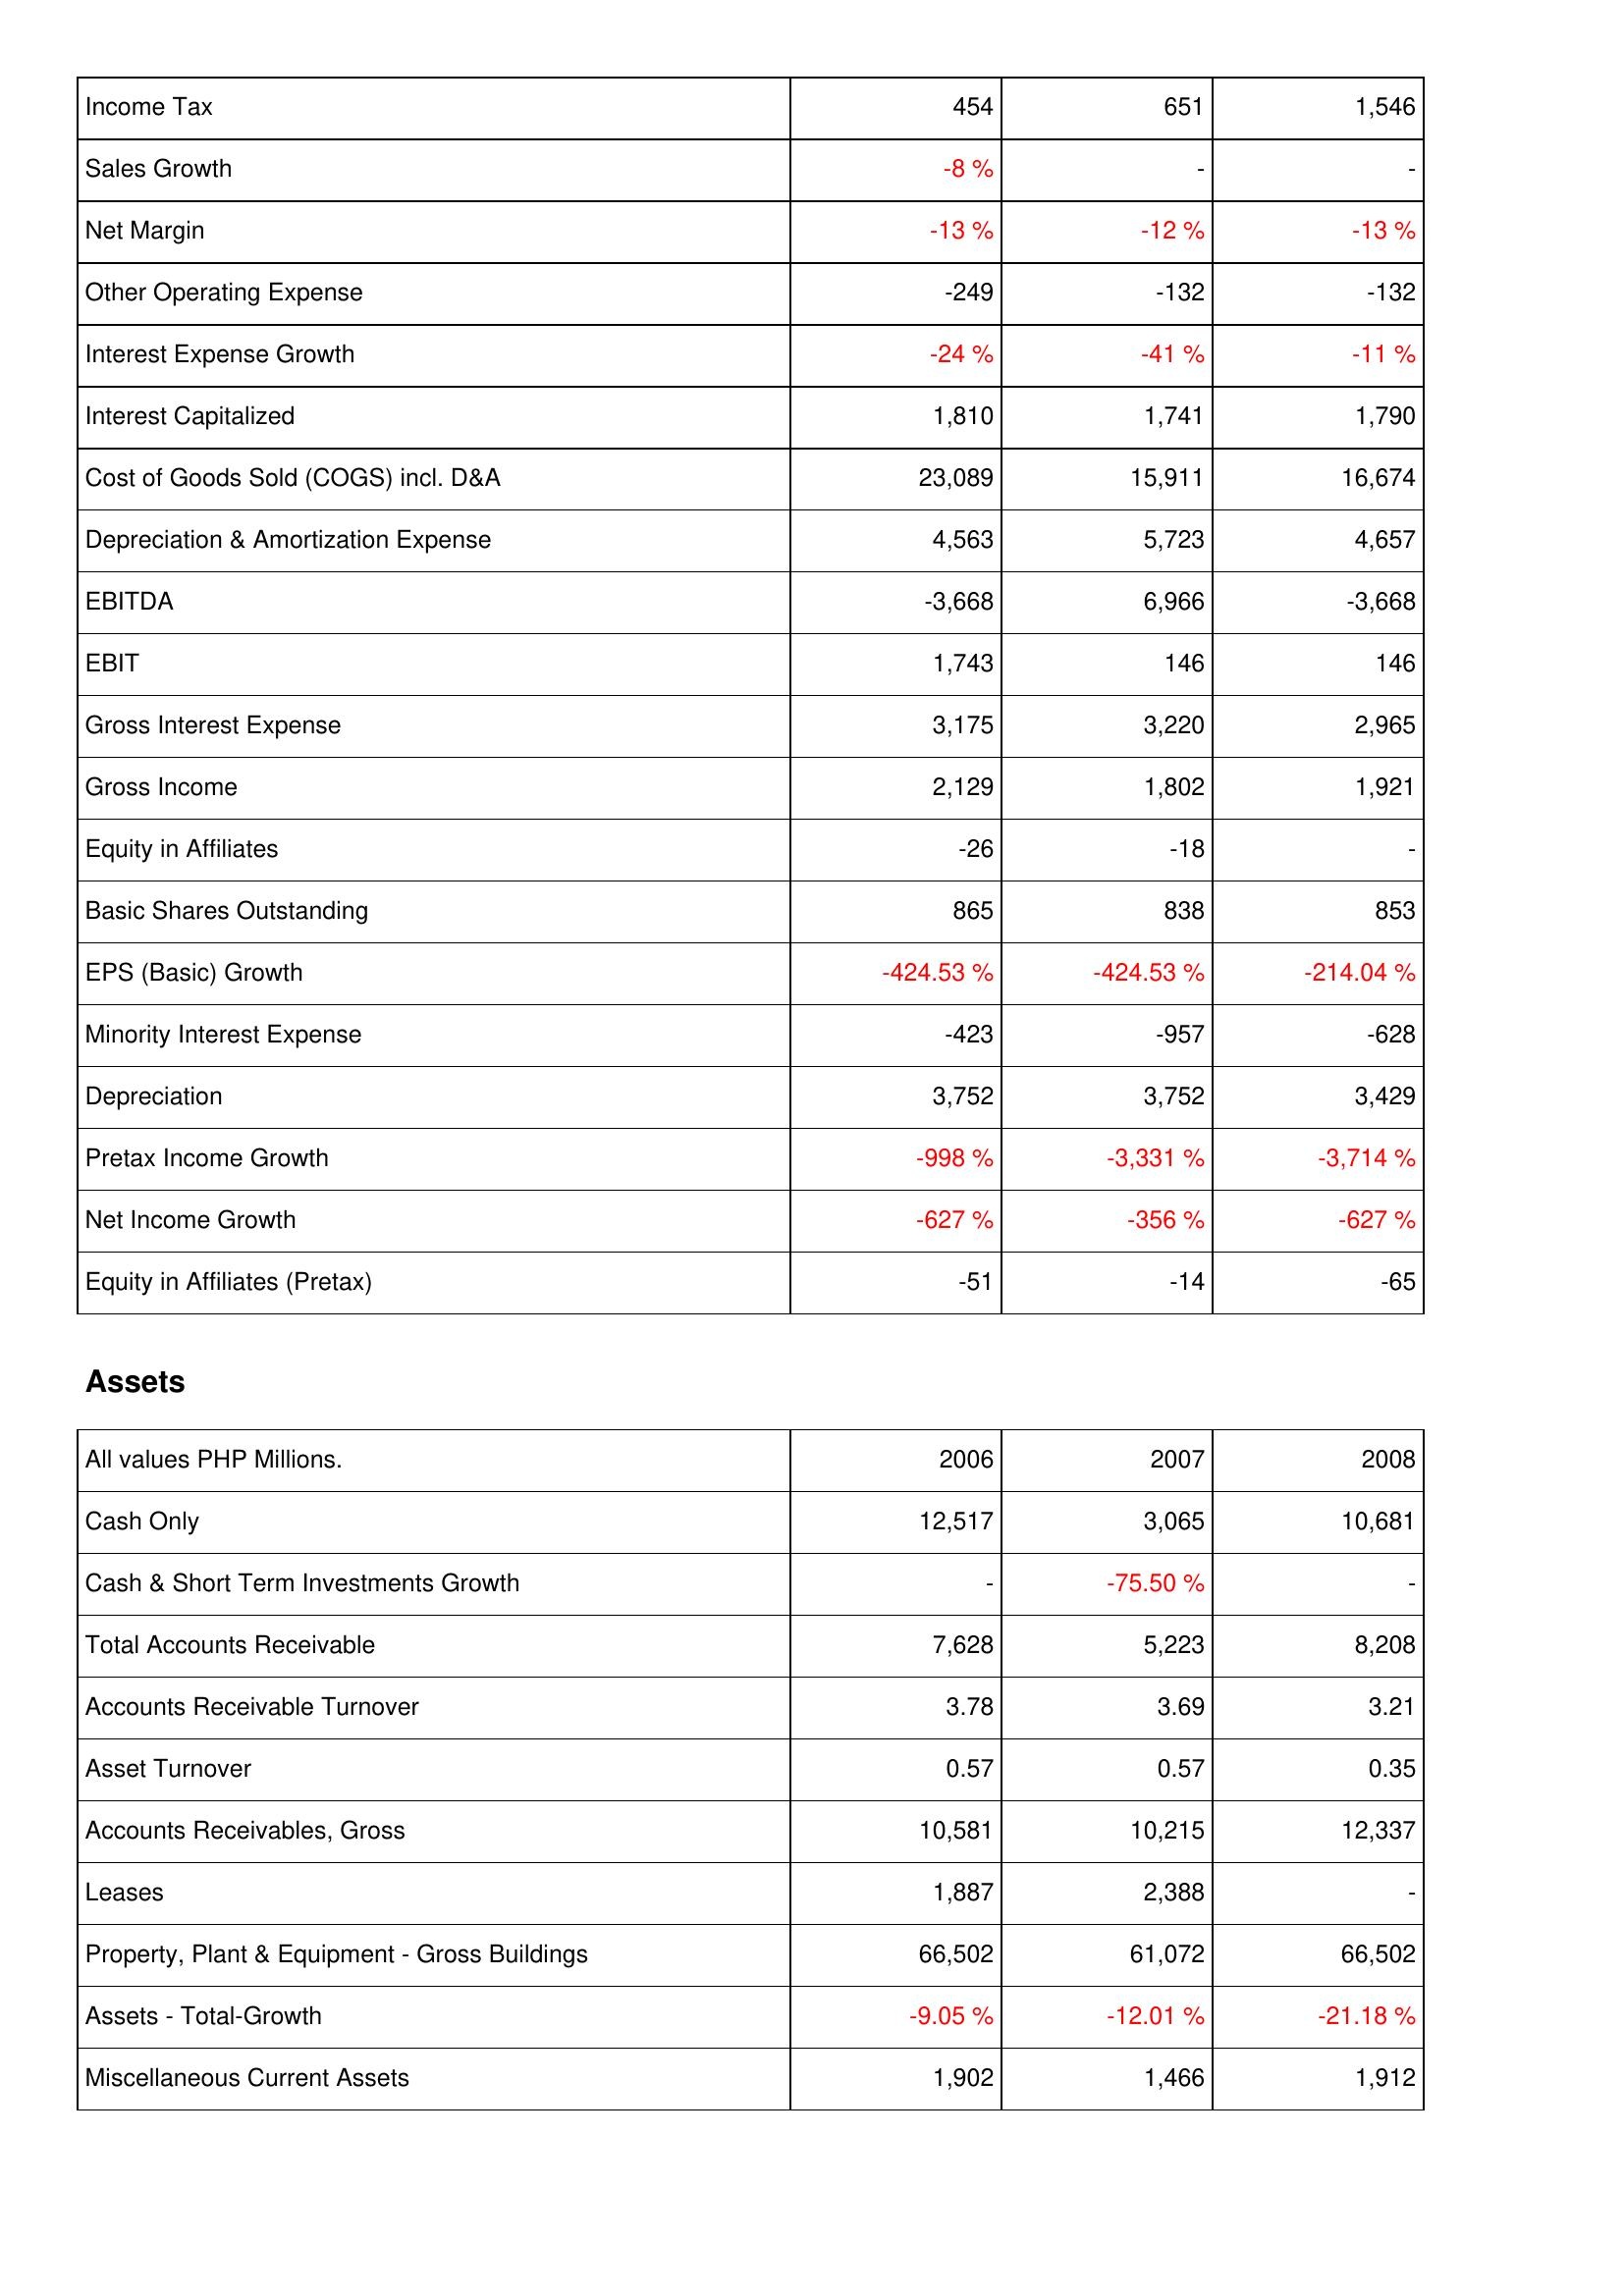
2006: Income Statement: Income Tax: 454
Sales Growth: -8 %
Net Margin: -13 %
Other Operating Expense: -249
Interest Expense Growth: -24 %
Interest Capitalized: 1,810
Cost of Goods Sold (COGS) incl. D&A: 23,089
Depreciation & Amortization Expense: 4,563
EBITDA: -3,668
EBIT: 1,743
Gross Interest Expense: 3,175
Gross Income: 2,129
Equity in Affiliates: -26
Basic Shares Outstanding: 865
EPS (Basic) Growth: -424.53 %
Minority Interest Expense: -423
Depreciation: 3,752
Pretax Income Growth: -998 %
Net Income Growth: -627 %
Equity in Affiliates (Pretax): -51
Assets: Cash Only: 12,517
Cash & Short Term Investments Growth: -
Total Accounts Receivable: 7,628
Accounts Receivable Turnover: 3.78
Asset Turnover: 0.57
Accounts Receivables, Gross: 10,581
Leases: 1,887
Property, Plant & Equipment - Gross Buildings: 66,502
Assets - Total-Growth: -9.05 %
Miscellaneous Current Assets: 1,902
2007: Income Statement: Income Tax: 651
Sales Growth: -
Net Margin: -12 %
Other Operating Expense: -132
Interest Expense Growth: -41 %
Interest Capitalized: 1,741
Cost of Goods Sold (COGS) incl. D&A: 15,911
Depreciation & Amortization Expense: 5,723
EBITDA: 6,966
EBIT: 146
Gross Interest Expense: 3,220
Gross Income: 1,802
Equity in Affiliates: -18
Basic Shares Outstanding: 838
EPS (Basic) Growth: -424.53 %
Minority Interest Expense: -957
Depreciation: 3,752
Pretax Income Growth: -3,331 %
Net Income Growth: -356 %
Equity in Affiliates (Pretax): -14
Assets: Cash Only: 3,065
Cash & Short Term Investments Growth: -75.50 %
Total Accounts Receivable: 5,223
Accounts Receivable Turnover: 3.69
Asset Turnover: 0.57
Accounts Receivables, Gross: 10,215
Leases: 2,388
Property, Plant & Equipment - Gross Buildings: 61,072
Assets - Total-Growth: -12.01 %
Miscellaneous Current Assets: 1,466
2008: Income Statement: Income Tax: 1,546
Sales Growth: -
Net Margin: -13 %
Other Operating Expense: -132
Interest Expense Growth: -11 %
Interest Capitalized: 1,790
Cost of Goods Sold (COGS) incl. D&A: 16,674
Depreciation & Amortization Expense: 4,657
EBITDA: -3,668
EBIT: 146
Gross Interest Expense: 2,965
Gross Income: 1,921
Equity in Affiliates: -
Basic Shares Outstanding: 853
EPS (Basic) Growth: -214.04 %
Minority Interest Expense: -628
Depreciation: 3,429
Pretax Income Growth: -3,714 %
Net Income Growth: -627 %
Equity in Affiliates (Pretax): -65
Assets: Cash Only: 10,681
Cash & Short Term Investments Growth: -
Total Accounts Receivable: 8,208
Accounts Receivable Turnover: 3.21
Asset Turnover: 0.35
Accounts Receivables, Gross: 12,337
Leases: -
Property, Plant & Equipment - Gross Buildings: 66,502
Assets - Total-Growth: -21.18 %
Miscellaneous Current Assets: 1,912